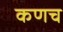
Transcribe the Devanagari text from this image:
कणच